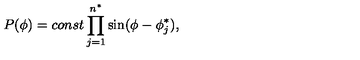
P ( \phi ) = c o n s t \prod _ { j = 1 } ^ { n ^ { \ast } } \sin ( \phi - \phi _ { j } ^ { \ast } ) ,